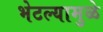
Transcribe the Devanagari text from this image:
भेटल्यामुळे